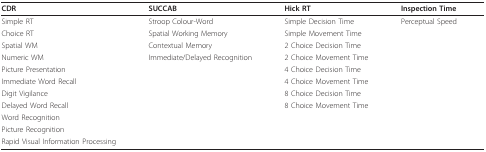
| CDR | SUCCAB | Hick RT | Inspection Time |
 | --- | --- | --- | --- |
 | Simple RT | Stroop Colour-Word | Simple Decision Time | Perceptual Speed |
 | Choice RT | Spatial Working Memory | Simple Movement Time |  |
 | Spatial WM | Contextual Memory | 2 Choice Decision Time |  |
 | Numeric WM | Immediate/Delayed Recognition | 2 Choice Movement Time |  |
 | Picture Presentation |  | 4 Choice Decision Time |  |
 | Immediate Word Recall |  | 4 Choice Movement Time |  |
 | Digit Vigilance |  | 8 Choice Decision Time |  |
 | Delayed Word Recall |  | 8 Choice Movement Time |  |
 | Word Recognition |  |  |  |
 | Picture Recognition |  |  |  |
 | Rapid Visual Information Processing |  |  |  |